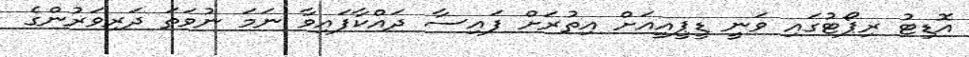
އޮޑިޓު ރިޕޯޓުގައި ވަނީ ޑީޕީއީއަށް އިތުރަށް ފައިސާ ދައްކާފައިވާ ނަމަ ނުވަތަ ދަރިވަރުންގެ